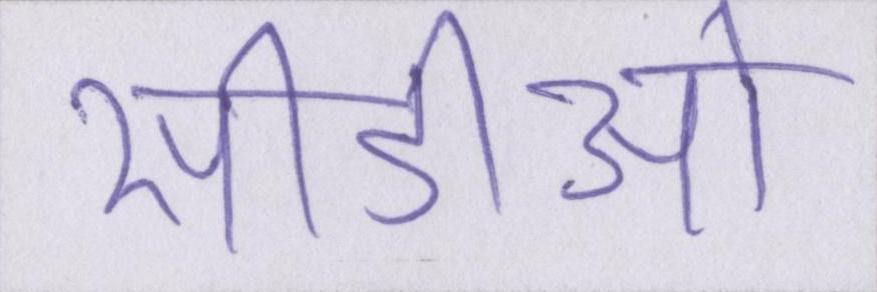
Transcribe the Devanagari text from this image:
सीडीओ